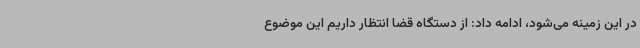
در این زمینه می‌شود، ادامه داد: از دستگاه قضا انتظار داریم این موضوع